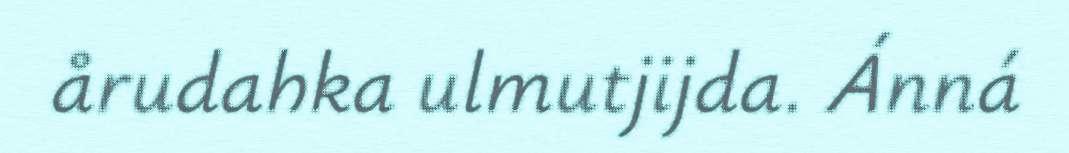
årudahka ulmutjijda. Ánná